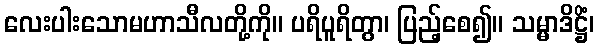
လေးပါးသောမဟာသီလတို့ကို။ ပရိပူရိတွာ၊ ပြည့်စေ၍။ သမ္မာဒိဋ္ဌိံ၊